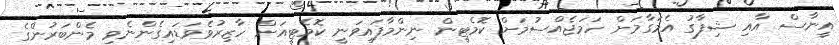
އީނާސް އާއި ޝިފާގު އެމަގާމަށް ހަމަޖެއްސުމަށް ކޮމެޓީން ނިންމާފައިވަނީ ކޮމެޓީއަށް ހާޒިރުވެވަޑައިގެންނެވި މެންބަރުންގެ